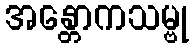
အန္တောကသမ္ဗု